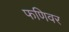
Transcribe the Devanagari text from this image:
फणिवर